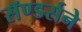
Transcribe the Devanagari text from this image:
सॅण्डर्सने